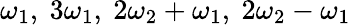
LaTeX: \omega_{1},~3\omega_{1},~2\omega_{2}+\omega_{1},~2\omega_{2}-\omega_{1}